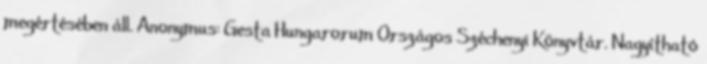
megértésében áll. Anonymus: Gesta Hungarorum Országos Széchenyi Könyvtár. Nagyítható